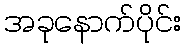
အခုနောက်ပိုင်း